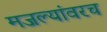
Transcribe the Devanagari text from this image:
मजल्यांवरच